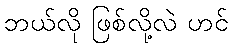
ဘယ်လို ဖြစ်လို့လဲ ဟင်